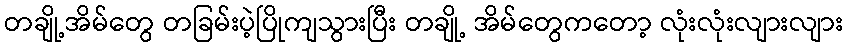
တချို့အိမ်တွေ တခြမ်းပဲ့ပြိုကျသွားပြီး တချို့ အိမ်တွေကတော့ လုံးလုံးလျားလျား